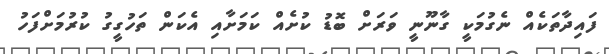
ފައިދާތަކެއް ނެގުމަކީ ގާނޫނީ ވަރަށް ބޮޑު ކުށެއް ކަމަށާއި އެކަން ތަހުގީގު ކުރުމަށްފަހު